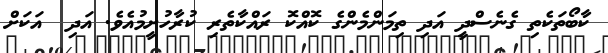
ކާބޯތަކެތި ގެނެސްދީ އަދި ތިމަންމެންގެ ކޮއްކޮ ރައްކާތެރި ކުރާހުށީމުއެވެ. އަދި  އަކަށް